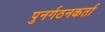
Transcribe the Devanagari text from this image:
पुनर्गठनकर्ता